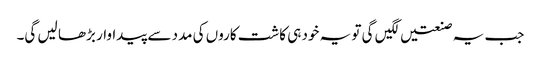
جب یہ صنعتیں لگیں گی تو یہ خود ہی کاشت کاروں کی مدد سے پیداوار بڑھا لیں گی۔